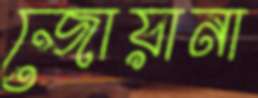
জোয়ানা